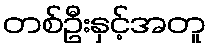
တစ်ဦးနှင့်အတူ